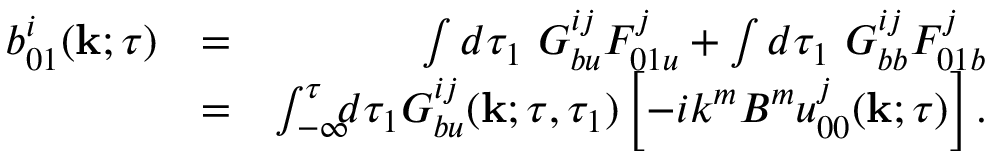
\begin{array} { r l r } { b _ { 0 1 } ^ { i } ( { \bf { k } } ; \tau ) } & { = } & { \int d \tau _ { 1 } \ G _ { b u } ^ { i j } F _ { 0 1 u } ^ { j } + \int d \tau _ { 1 } \ G _ { b b } ^ { i j } F _ { 0 1 b } ^ { j } } \\ & { = } & { \int _ { - \infty } ^ { \tau } \! \! \! d \tau _ { 1 } G _ { b u } ^ { i j } ( { \bf { k } } ; \tau , \tau _ { 1 } ) \left[ { - i k ^ { m } B ^ { m } u _ { 0 0 } ^ { j } ( { \bf { k } } ; \tau ) } \right] . } \end{array}